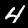
Label: 4